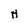
Character: H